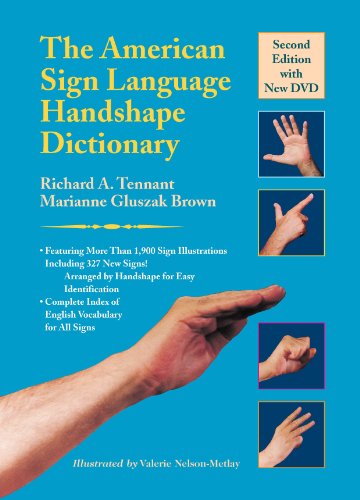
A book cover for The American Sign Language Handshape Dictionary; Richard A. Tennant; Reference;